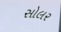
સોલર